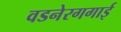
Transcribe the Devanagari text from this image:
वडनेरगगाई